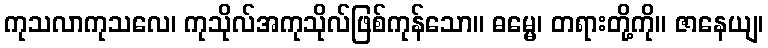
ကုသလာကုသလေ၊ ကုသိုလ်အကုသိုလ်ဖြစ်ကုန်သော။ ဓမ္မေ၊ တရားတို့ကို။ ဇာနေယျ၊